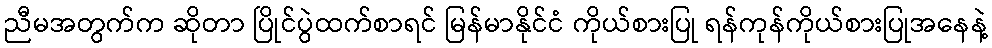
ညီမအတွက်က ဆိုတာ ပြိုင်ပွဲထက်စာရင် မြန်မာနိုင်ငံ ကိုယ်စားပြု ရန်ကုန်ကိုယ်စားပြုအနေနဲ့